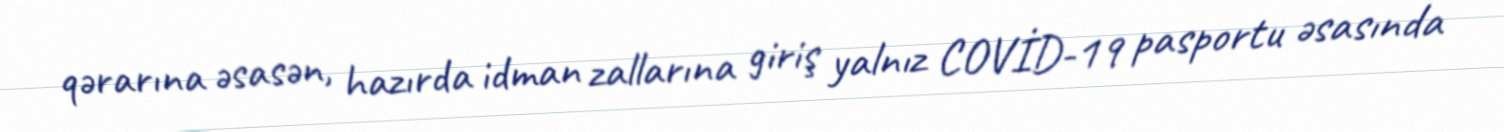
qərarına əsasən, hazırda idman zallarına giriş yalnız COVİD-19 pasportu əsasında